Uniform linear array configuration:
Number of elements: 24
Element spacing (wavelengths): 1
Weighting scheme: kaiser
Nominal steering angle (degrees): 0
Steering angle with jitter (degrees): -1.927
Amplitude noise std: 0.05
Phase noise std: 0.05

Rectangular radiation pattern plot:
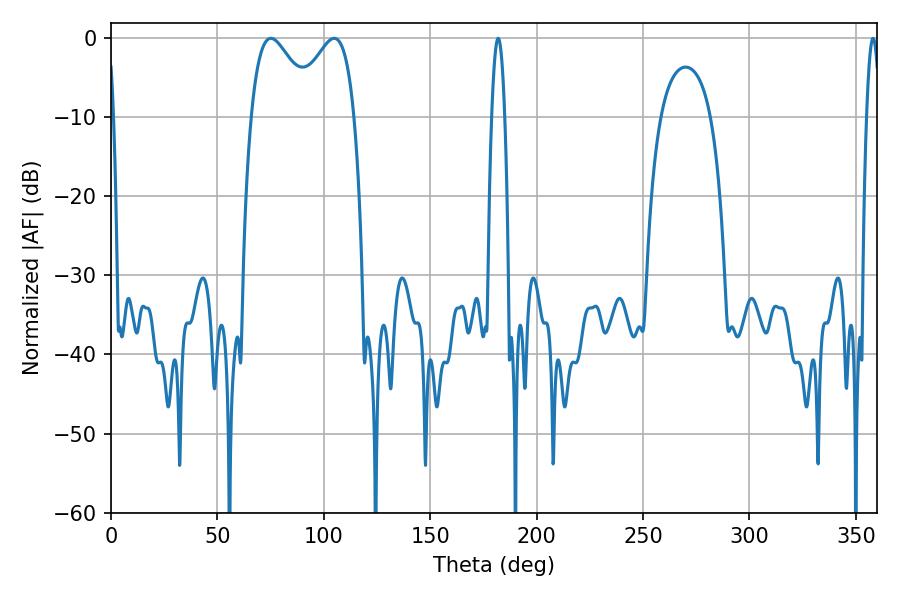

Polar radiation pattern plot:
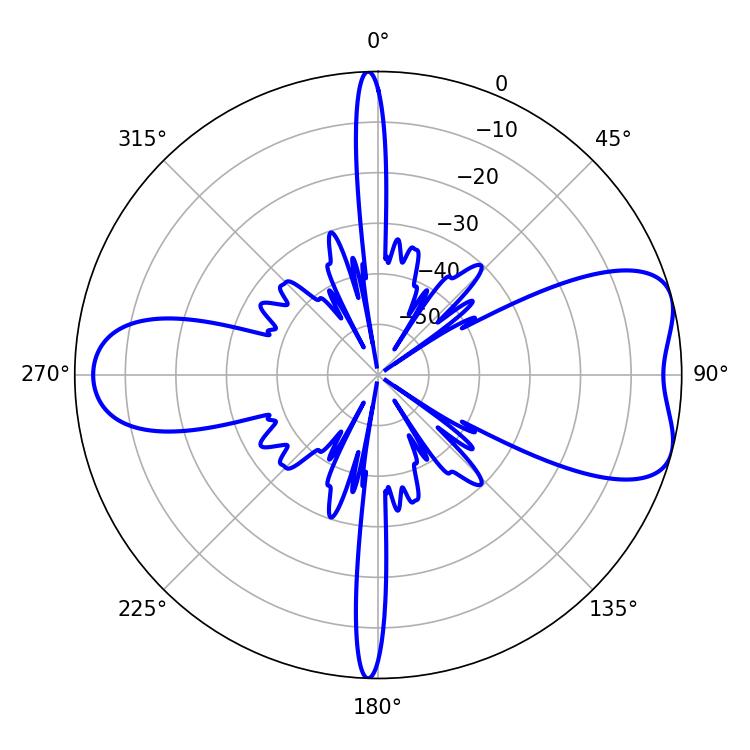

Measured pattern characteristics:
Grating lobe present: TRUE
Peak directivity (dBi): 6.967
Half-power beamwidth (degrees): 16.02
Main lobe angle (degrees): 75.06